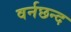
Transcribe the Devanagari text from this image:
वर्नछन्द